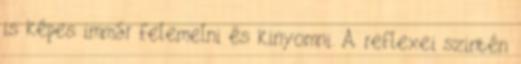
is képes immár felemelni és kinyomni. A reflexei szintén